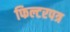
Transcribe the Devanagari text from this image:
फिल्टरपत्र